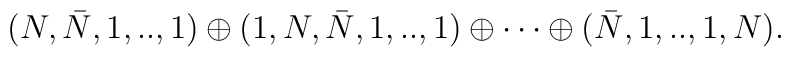
(N,\bar N,1,..,1)\oplus(1,N,\bar N,1,..,1)\oplus\cdots \oplus(\bar  N,1,..,1,N).